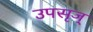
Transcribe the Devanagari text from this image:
उपसृज्